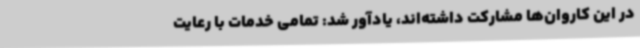
در این کاروان‌ها مشارکت داشته‌اند، یادآور شد: تمامی خدمات با رعایت